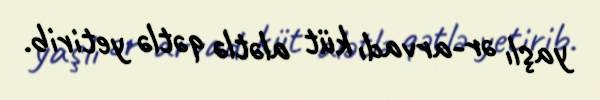
yaşlı ər-arvadı küt alətlə qətlə yetirib.